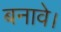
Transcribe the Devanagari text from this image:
बनावे।